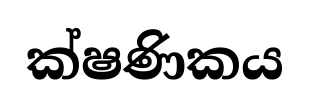
ක්ෂණිකය